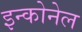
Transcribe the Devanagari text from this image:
इन्कोनेल